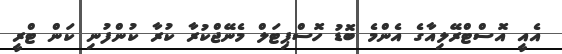
އެއީ އޮސްޓްރޭލިއާގެ އެންމެ ބޮޑު ހޮސްޕިޓަލް މެނޭޖްކުރާ ކުރާ ކުންފުނި ކަން ޓްރީ